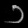
Digit: ၁